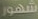
شهور